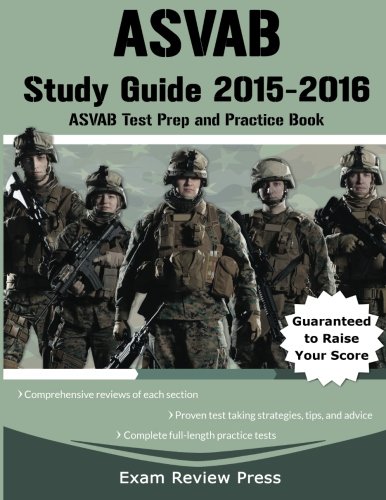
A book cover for ASVAB Study Guide 2015-2016: ASVAB Test Prep and Practice Book; ASVAB Study Guide 2015-2016 Team; Test Preparation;